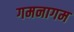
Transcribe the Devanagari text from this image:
गमनागम